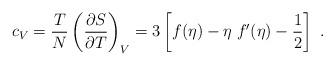
LaTeX: \begin{align*}c_V = {T \over N} \left({ \partial S \over \partial T}\right)_V= 3 \left[ f(\eta)-\eta \; f'(\eta) -\frac12 \right]\; .\end{align*}